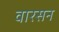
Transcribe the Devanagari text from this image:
वारसन